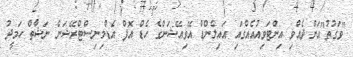
"ވަގުތު"އަށް ދެއްވި އިންޓަވިއުއެއްގައި އައިލެންޑް އޭވިއޭޝަންގެ ހެޑް އޮފް އެޑްމިނިސްޓްރޭޝަން ނަޝާތް ހަމީދު